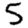
Digit: 5